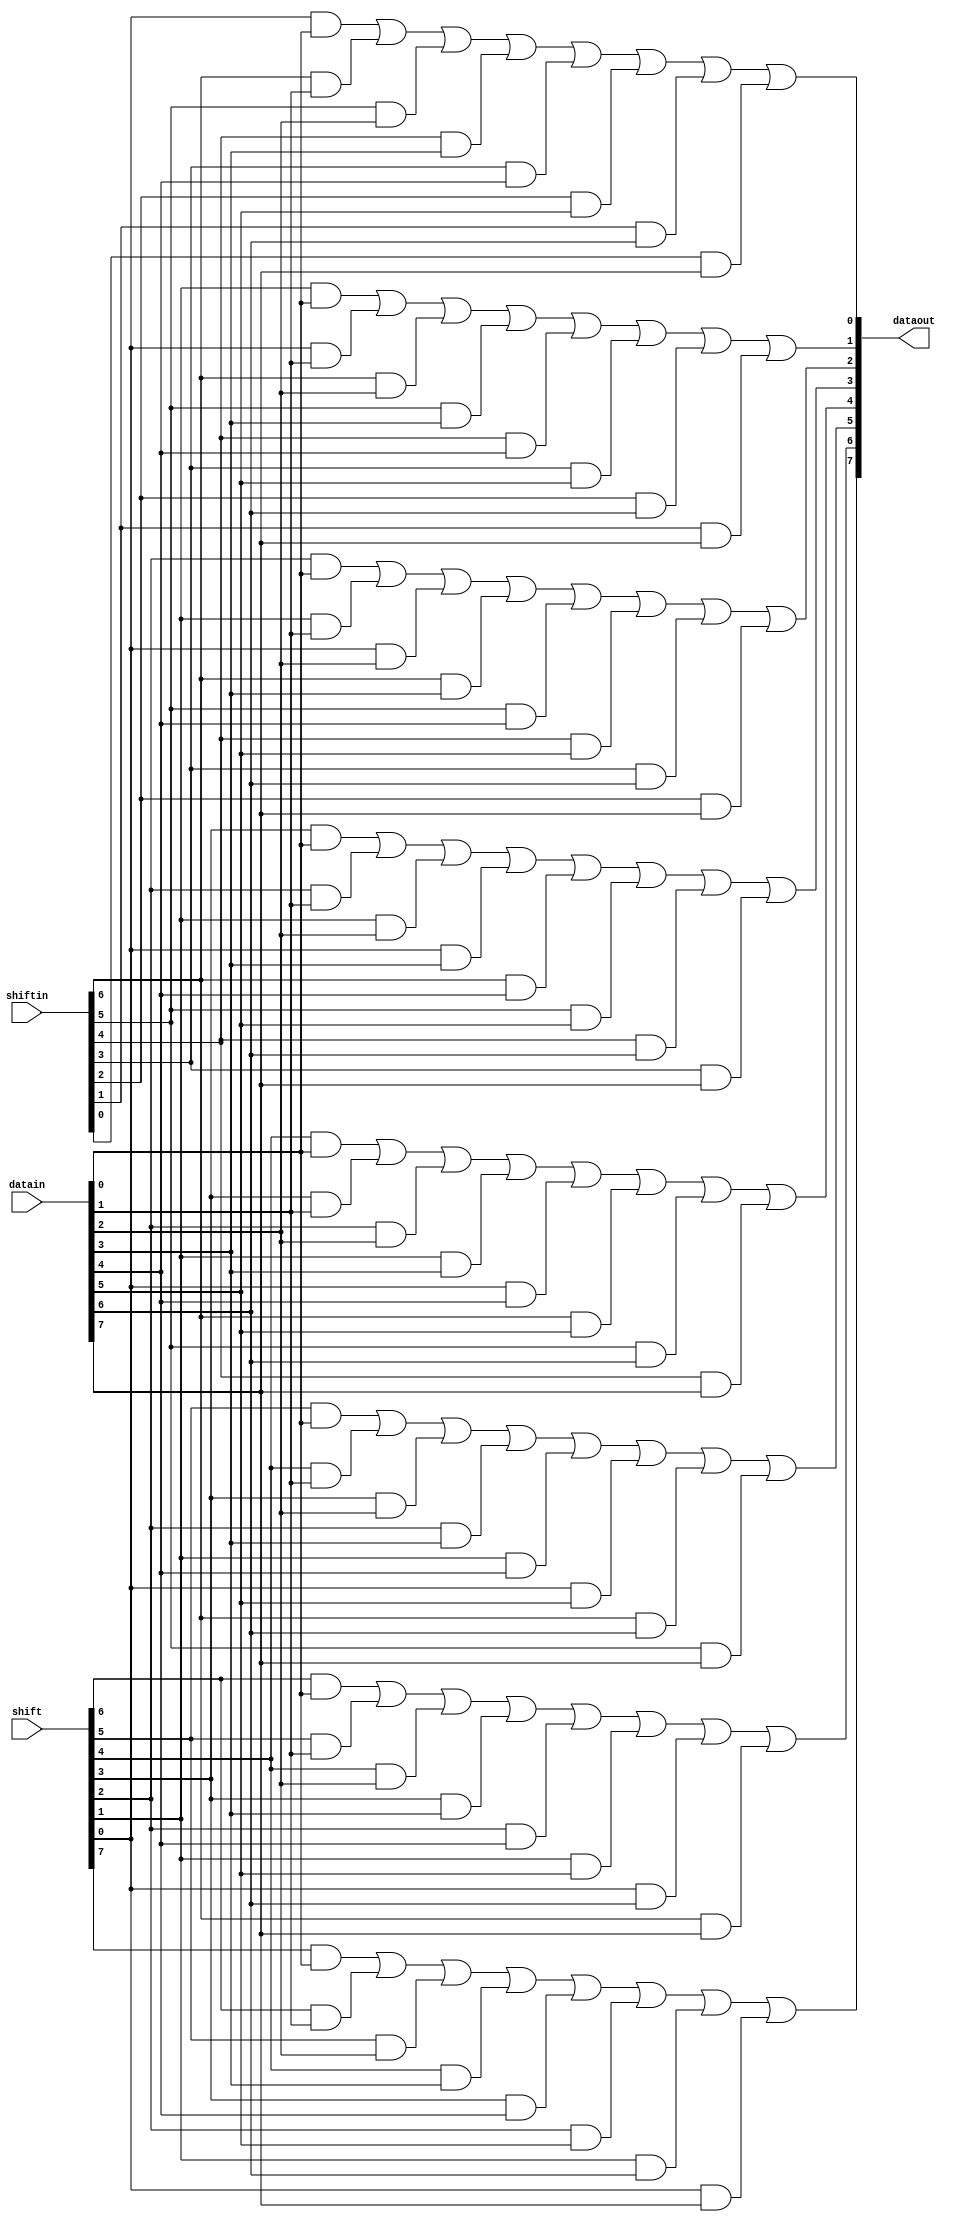
//8bit
module ShifterSquare_8 (shift, shiftin, datain, dataout);
    input [7:0] shift, datain;
    input [6:0] shiftin;
    output [7:0] dataout;

    assign dataout[7] = (shift[7] & datain[0]) | (shift[6] & datain[1]) | (shift[5] & datain[2]) | (shift[4] & datain[3])
                    |(shift[3] & datain[4]) | (shift[2] & datain[5]) | (shift[1] & datain[6]) | (shift[0] & datain[7]);

    assign dataout[6] = (shift[6] & datain[0]) | (shift[5] & datain[1]) | (shift[4] & datain[2]) | (shift[3] & datain[3])
                    |(shift[2] & datain[4]) | (shift[1] & datain[5]) | (shift[0] & datain[6]) | (shiftin[6] & datain[7]);

    assign dataout[5] = (shift[5] & datain[0]) | (shift[4] & datain[1]) | (shift[3] & datain[2]) | (shift[2] & datain[3])
                    |(shift[1] & datain[4]) | (shift[0] & datain[5]) | (shiftin[6] & datain[6]) | (shiftin[5] & datain[7]);

    assign dataout[4] = (shift[4] & datain[0]) | (shift[3] & datain[1]) | (shift[2] & datain[2]) | (shift[1] & datain[3])
                    |(shift[0] & datain[4]) | (shiftin[6] & datain[5]) | (shiftin[5] & datain[6]) | (shiftin[4] & datain[7]);

    assign dataout[3] = (shift[3] & datain[0]) | (shift[2] & datain[1]) | (shift[1] & datain[2]) | (shift[0] & datain[3])
                    |(shiftin[6] & datain[4]) | (shiftin[5] & datain[5]) | (shiftin[4] & datain[6]) | (shiftin[3] & datain[7]);

    assign dataout[2] = (shift[2] & datain[0]) | (shift[1] & datain[1]) | (shift[0] & datain[2]) | (shiftin[6] & datain[3])
                    |(shiftin[5] & datain[4]) | (shiftin[4] & datain[5]) | (shiftin[3] & datain[6]) | (shiftin[2] & datain[7]);

    assign dataout[1] = (shift[1] & datain[0]) | (shift[0] & datain[1]) | (shiftin[6] & datain[2]) | (shiftin[5] & datain[3])
                    |(shiftin[4] & datain[4]) | (shiftin[3] & datain[5]) | (shiftin[2] & datain[6]) | (shiftin[1] & datain[7]);

    assign dataout[0] = (shift[0] & datain[0]) | (shiftin[6] & datain[1]) | (shiftin[5] & datain[2]) | (shiftin[4] & datain[3])
                    |(shiftin[3] & datain[4]) | (shiftin[2] & datain[5]) | (shiftin[1] & datain[6]) | (shiftin[0] & datain[7]);
endmodule